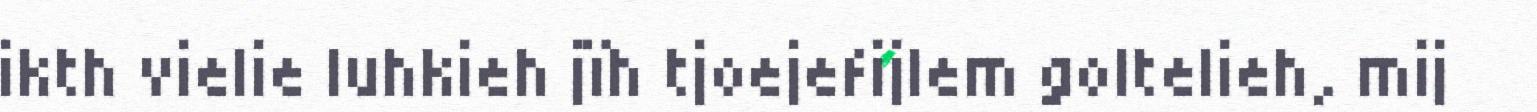
ikth vielie luhkieh jïh tjoejefijlem goltelieh, mij